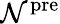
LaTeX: \mathcal{N}^{\mathrm{{pre}}}